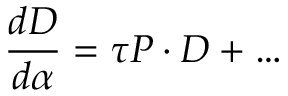
{ \frac { d D } { d \alpha } } = \tau { \cal P } \cdot D + \dots